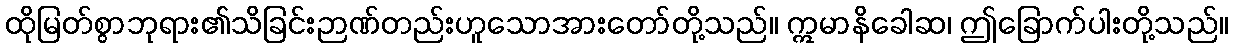
ထိုမြတ်စွာဘုရား၏သိခြင်းဉာဏ်တည်းဟူသောအားတော်တို့သည်။ ဣမာနိခေါဆ၊ ဤခြောက်ပါးတို့သည်။